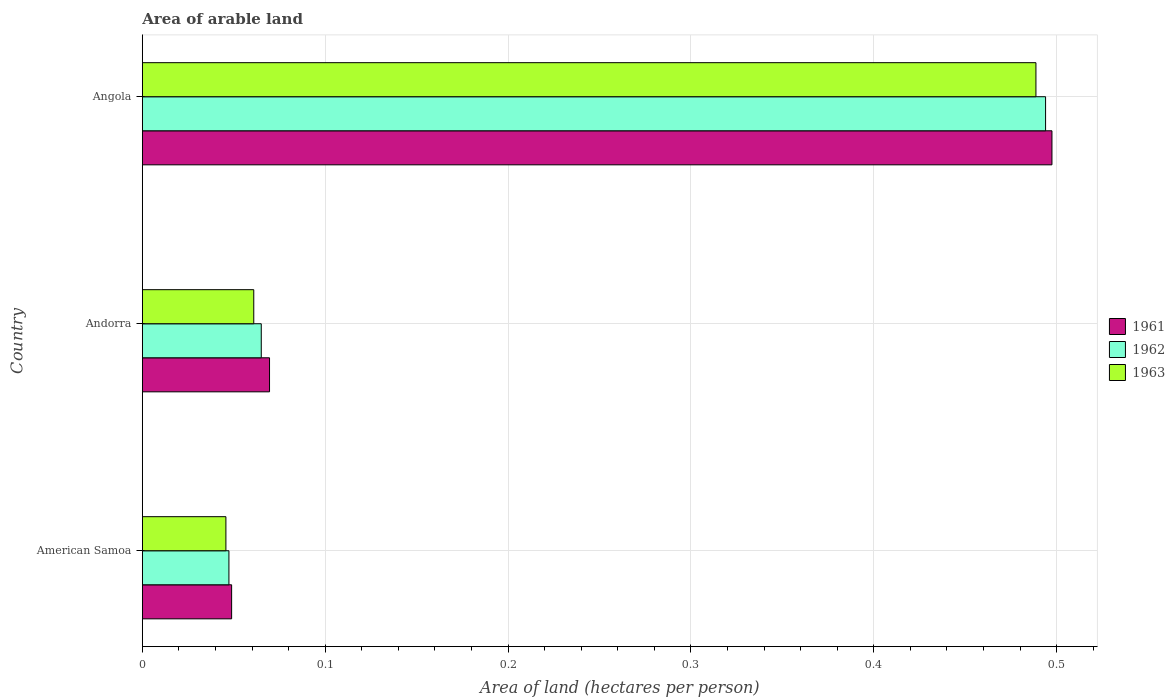
| Country | 1961 | 1962 | 1963 |
 | --- | --- | --- | --- |
 | American Samoa | 0.0488 | 0.0474 | 0.0457 |
 | Andorra | 0.0696 | 0.065 | 0.0609 |
 | Angola | 0.497 | 0.494 | 0.489 |